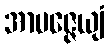
အာပဇ္ဇေယျံ